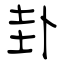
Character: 卦